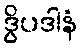
ဒွိပဒါနံ